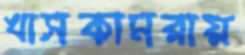
খাসকামরায়